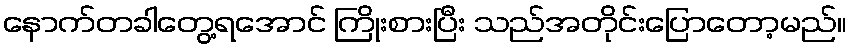
နောက်တခါတွေ့ရအောင် ကြိုးစားပြီး သည်အတိုင်းပြောတော့မည်။